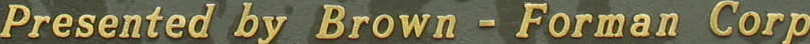
Presented by Brown - Forman Corp